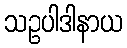
သဥပါဒါနာယ